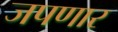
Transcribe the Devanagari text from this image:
जपणार